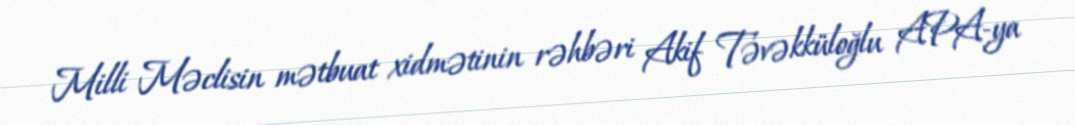
Milli Məclisin mətbuat xidmətinin rəhbəri Akif Təvəkküloğlu APA-ya